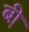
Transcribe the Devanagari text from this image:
बी़